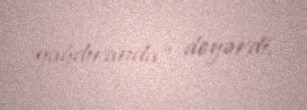
yağdıranda” deyərdi.